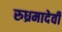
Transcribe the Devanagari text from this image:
रुध्रमादेवी